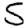
Digit: 5